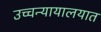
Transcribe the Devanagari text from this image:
उच्चन्यायालयात